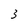
Character: 3